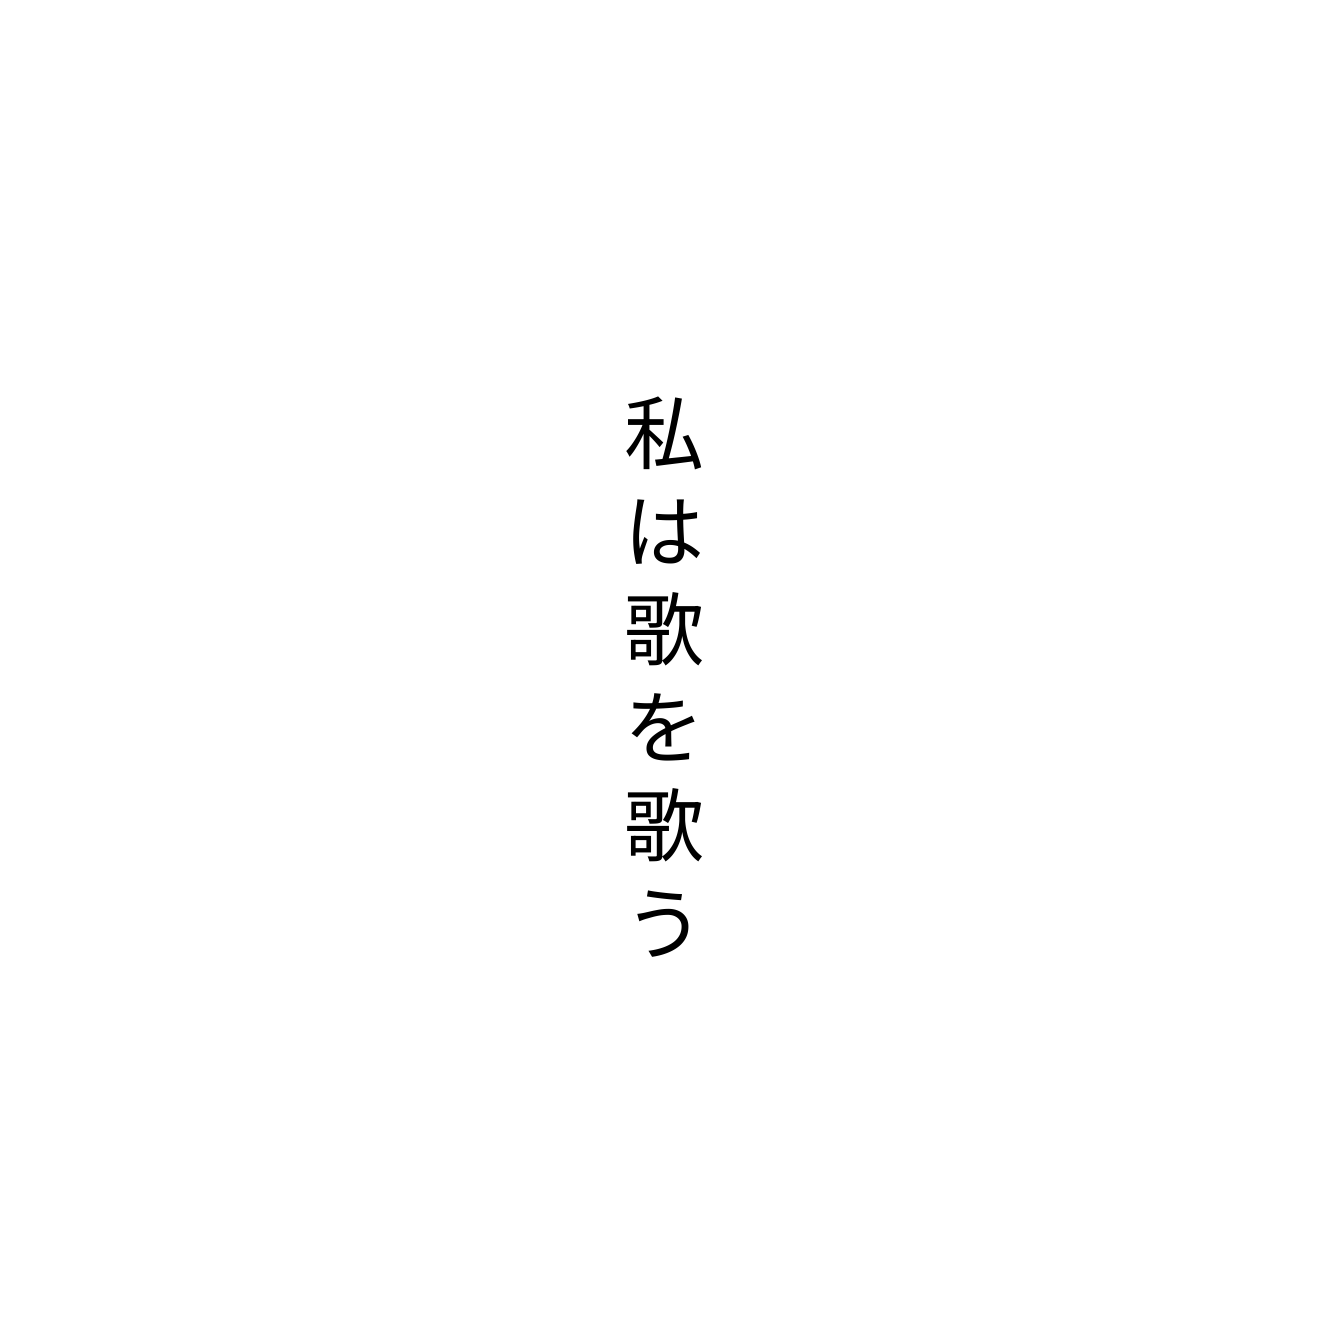
私は歌を歌う